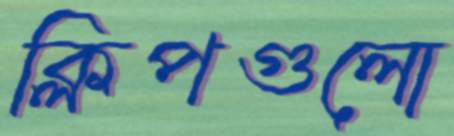
ক্লিপগুলো